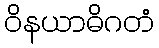
ဝိနယာဓိဂတံ